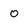
Character: o